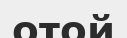
отой